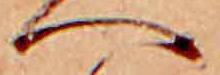
へ